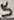
Text: 5